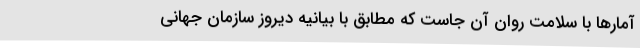
آمارها با سلامت روان آن جاست که مطابق با بیانیه دیروز سازمان جهانی